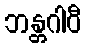
ဘန္တဂါဝီ